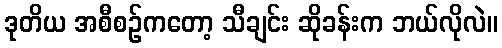
ဒုတိယ အစီစဉ်ကတော့ သီချင်း ဆိုခန်းက ဘယ်လိုလဲ။